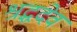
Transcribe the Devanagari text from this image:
श्रद्धदेव